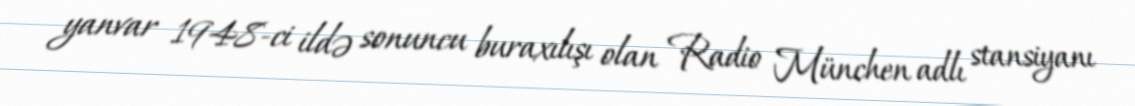
yanvar 1948-ci ildə sonuncu buraxılışı olan Radio München adlı stansiyanı